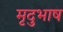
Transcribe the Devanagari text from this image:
मृदुभाष